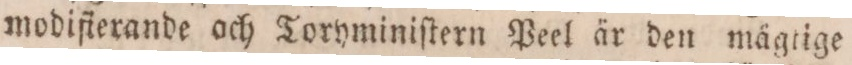
modifierande och Toryminiſtern Peel är den mägtige